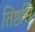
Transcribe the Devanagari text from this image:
तिष्ठसि